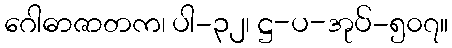
ဂေါဓာဇာတက၊ ပါ-၃၂၊ ဋ္ဌ-ပ-အုပ်-၅၀၇။